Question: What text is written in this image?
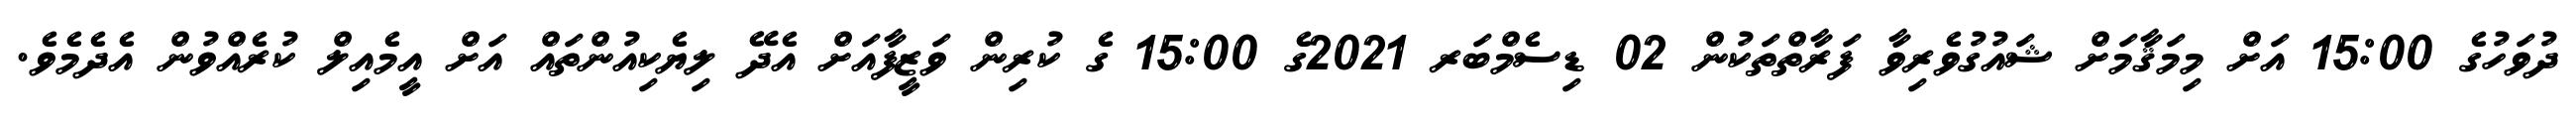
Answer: ދުވަހުގެ 15:00 އަށް މިމަޤާމަށް ޝައުގުވެރިވާ ފަރާތްތަކުން 02 ޑިސެމްބަރ 2021ގެ 15:00 ގެ ކުރިން ވަޒީފާއަށް އެދޭ ލިޔެކިއުންތައް އަށް އީމެއިލް ކުރެއްވުން އެދެމެވެ.